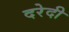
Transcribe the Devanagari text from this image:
दरेदी